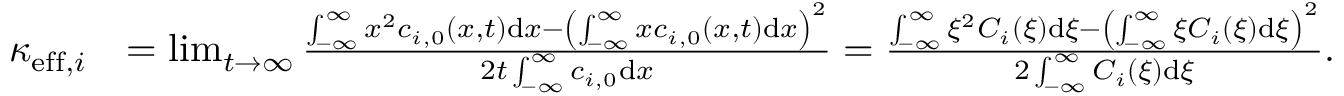
\begin{array} { r l } { \kappa _ { \mathrm { e f f } , i } } & { = \operatorname* { l i m } _ { t \rightarrow \infty } \frac { \int _ { - \infty } ^ { \infty } x ^ { 2 } c _ { i , 0 } ( x , t ) \mathrm { d } x - \left( \int _ { - \infty } ^ { \infty } x c _ { i , 0 } ( x , t ) \mathrm { d } x \right) ^ { 2 } } { 2 t \int _ { - \infty } ^ { \infty } c _ { i , 0 } \mathrm { d } x } = \frac { \int _ { - \infty } ^ { \infty } \xi ^ { 2 } C _ { i } ( \xi ) \mathrm { d } \xi - \left( \int _ { - \infty } ^ { \infty } \xi C _ { i } ( \xi ) \mathrm { d } \xi \right) ^ { 2 } } { 2 \int _ { - \infty } ^ { \infty } C _ { i } ( \xi ) \mathrm { d } \xi } . } \end{array}